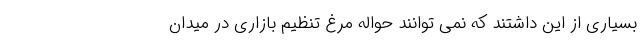
بسیاری از این داشتند که نمی توانند حواله مرغ تنظیم بازاری در میدان